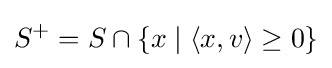
S^{+}=S\cap \{x\mid \langle x,v\rangle \geq 0\}